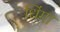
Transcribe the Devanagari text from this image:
धिंगा